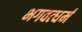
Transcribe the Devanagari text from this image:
भगवत्धर्म